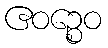
ဧဝဉ္စေဝ